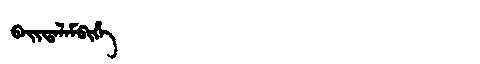
Manchu: ᠪᠠᡳᡩᠠᠯᠠᠮᠪᡳᡥᡝ
Romanization: BAIDALAMBIHE